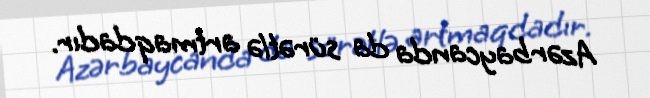
Azərbaycanda da sürətlə artmaqdadır.